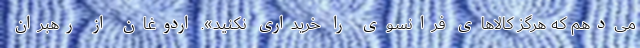
می‌دهم که هرگز کالاهای فرانسوی را خریداری نکنید». اردوغان از رهبران